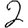
Digit: 2